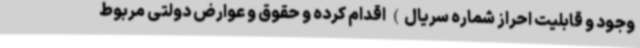
وجود و قابلیت احراز شماره سریال) اقدام کرده و حقوق و عوارض دولتی مربوط